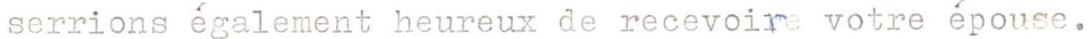
serrions également heureux de recevoire votre épouse.